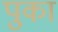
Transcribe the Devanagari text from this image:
पुका